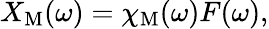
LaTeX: X_{\mathrm{M}}(\omega)=\chi_{\mathrm{M}}(\omega)F(\omega),